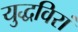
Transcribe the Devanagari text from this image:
युद्धविरां